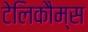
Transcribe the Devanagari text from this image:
टेलिकौम्स